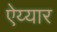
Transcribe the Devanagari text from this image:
ऐय्यार